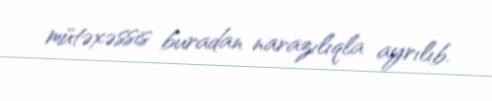
mütəxəssis buradan narazılıqla ayrılıb.